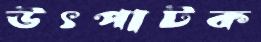
উৎপাটক